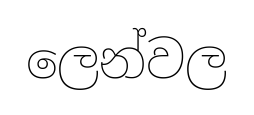
ලෙන්වල